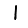
Digit: 1